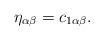
LaTeX: \begin{align*}\eta_{\alpha \beta}=c_{1 \alpha \beta }.\end{align*}